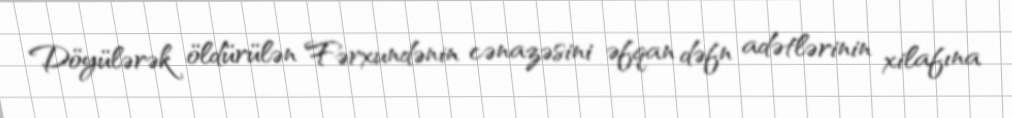
Döyülərək öldürülən Fərxundənin cənazəsini əfqan dəfn adətlərinin xilafına